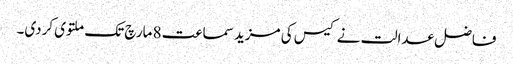
فاضل عدالت نے کیس کی مزید سماعت 8 مارچ تک ملتوی کردی۔